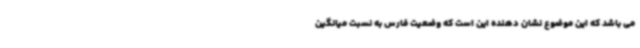
می باشد که این موضوع نشان دهنده این است که وضعیت فارس به نسبت میانگین